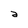
Character: a